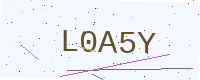
Text: L0A5Y